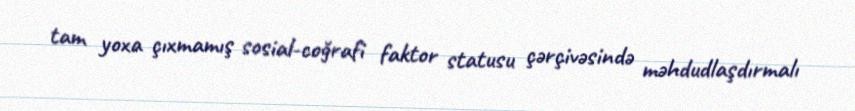
tam yoxa çıxmamış sosial-coğrafi faktor statusu çərçivəsində məhdudlaşdırmalı